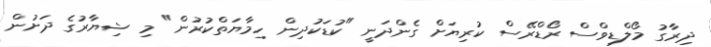
ދިރާގު މޯލްޑިވްސް ރޯޑްރޭސް ކުރިޔަށް ގެންދަނީ "ކުޑަކުދިން ހިމާޔަތްކުރުން" މި ޝިޔާރުގެ ދަށުން